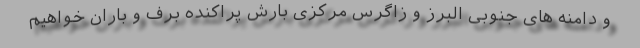
و دامنه های جنوبی البرز و زاگرس مرکزی بارش پراکنده برف و باران خواهیم